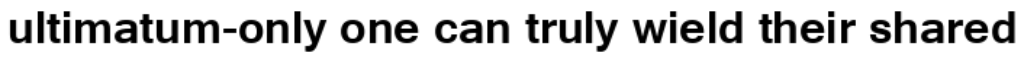
ultimatum-only one can truly wield their shared